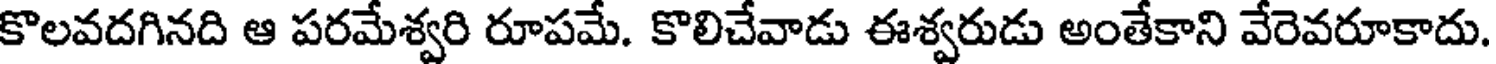
కొలవదగినది ఆ పరమేశ్వరి రూపమే. కొలిచేవాడు ఈశ్వరుడు అంతేకాని వేరెవరూకాదు